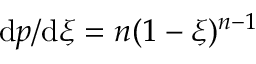
\mathrm { d } p / \mathrm { d } \xi = n ( 1 - \xi ) ^ { n - 1 }